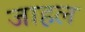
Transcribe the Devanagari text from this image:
जाहल